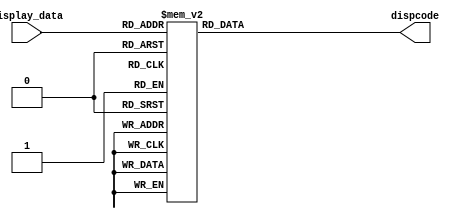
module Display_7SegLED(
    input [3:0] display_data,
    output reg [7:0] dispcode
);

always @ (display_data) begin
    case(display_data)
        4'b0000 : dispcode = 8'b1100_0000; //0;'0'-'1'- 
        4'b0001 : dispcode = 8'b1111_1001; //1
        4'b0010 : dispcode = 8'b1010_0100; //2
        4'b0011 : dispcode = 8'b1011_0000; //3
        4'b0100 : dispcode = 8'b1001_1001; //4 
        4'b0101 : dispcode = 8'b1001_0010; //5 
        4'b0110 : dispcode = 8'b1000_0010; //6 
        4'b0111 : dispcode = 8'b1101_1000; //7 
        4'b1000 : dispcode = 8'b1000_0000; //8 
        4'b1001 : dispcode = 8'b1001_0000; //9 
        4'b1010 : dispcode = 8'b1000_1000; //A 
        4'b1011 : dispcode = 8'b1000_0011; //b 
        4'b1100 : dispcode = 8'b1100_0110; //C 
        4'b1101 : dispcode = 8'b1010_0001; //d 
        4'b1110 : dispcode = 8'b1000_0110; //E 
        4'b1111 : dispcode = 8'b1000_1110; //F 
        default : dispcode = 8'b0000_0000; //
    endcase
end

endmodule